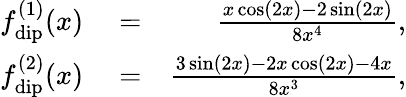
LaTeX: \begin{array}{rlr}{f_{\mathrm{dip}}^{(1)}(x)}&{{}=}&{\frac{x\cos\left(2x\right)-2\sin\left(2x\right)}{8x^{4}},}\\ {f_{\mathrm{dip}}^{(2)}(x)}&{{}=}&{\frac{3\sin\left(2x\right)-2x\cos\left(2x\right)-4x}{8x^{3}},}\end{array}